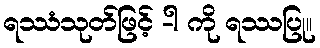
ရဿံသုတ်ဖြင့် -ါ ကို ရဿပြု။